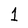
Character: 1